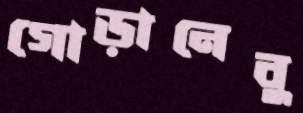
গোড়ানেবু